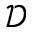
\mathcal { D }